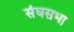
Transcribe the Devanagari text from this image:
संघसभा